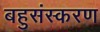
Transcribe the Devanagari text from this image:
बहुसंस्करण